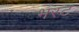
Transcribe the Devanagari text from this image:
भरट